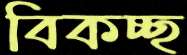
বিকচ্ছ